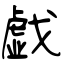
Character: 戯